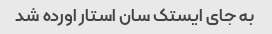
به جای ایستک سان استار اورده شد